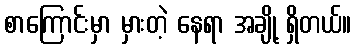
စာကြောင်းမှာ မှားတဲ့ နေရာ အချို့ ရှိတယ်။